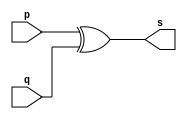
// -----------------------------------------------------------
// -- Exemplo005 - 	XOR
// -- Nome:				Alexandre Palmieri Sad
// -- Matricula:		440265
// -----------------------------------------------------------

// -----------------------------------------------------------
// -- xor gate
// -----------------------------------------------------------
module xorgate(output [0:3]s, input [0:3]p, input [0:3]q);
	assign s = p^q;
endmodule // -- nome

// -----------------------------------------------------------
// -- teste xor gate
// -----------------------------------------------------------

module nome;
	// --------------------------------- dados locais
		reg [0:3]a,b;	// -- definir registradores
		wire [0:3]s;	// -- definir conexao
		
	// ------------------------------------ instancia
		xorgate XOR1(s, a, b);
		
	// ----------------------------------- preparacao
		initial begin: start
			a = 4'b0011;
			b = 4'b0101;
		end
		
	// ------------------------------ parte principal
		initial begin
			$display("Exemplo005 - Sad - 440265");
			$display("Teste XOR gate");
			$display("\na ^ b = s\n");
			
			$monitor("%b ^ %b = %b", a, b, s);
		#1 a = 0; b = 0;					// -- valores decimais
		#1 a = 4'b0010; b = 4'b0001;	// -- valores binarios
		#1 a = 4'd1; b = 3;				// -- decimal e decimal
		#1 a = 4'o5; b = 2;				// -- octal e decimal
		#1 a = 4'hA; b = 3;				// -- hexadecimal e decimal
		#1 a = 4'h9; b = 4'o3;			// -- hexadecimal e octal
		end
endmodule // -- nome